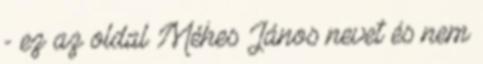
- ez az oldal Méhes János nevet és nem